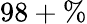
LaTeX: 98+\%